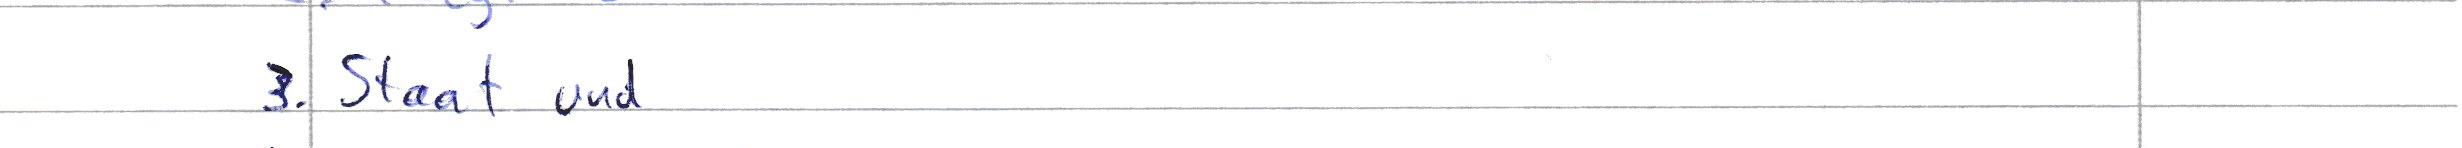
3. Staat und